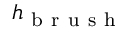
h _ { \mathrm { ~ b ~ r ~ u ~ s ~ h ~ } }